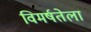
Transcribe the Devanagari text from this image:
विमर्षतेला